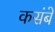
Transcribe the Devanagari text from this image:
कसंबे